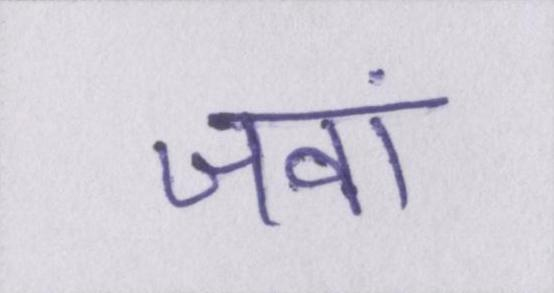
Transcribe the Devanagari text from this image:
जवां